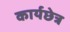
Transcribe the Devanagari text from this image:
कार्यछेत्र